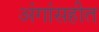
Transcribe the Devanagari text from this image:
अंगांसहीत